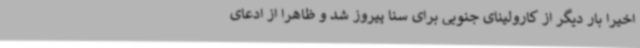
اخیرا بار دیگر از کارولینای جنوبی برای سنا پیروز شد و ظاهرا از ادعای